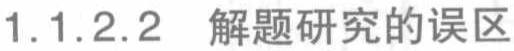
1.1.2.2 解题研究的误区